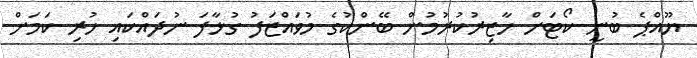
ޔޫއްޕެ ބުނީ ކޯޓަށް ހާޒިރުކުރުމުން ބޭންކުގެ މުވައްޒަފު ގުޅާފަ ނުދައްކައި ހުރި ކަމަށް